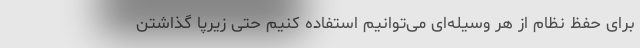
برای حفظ نظام از هر وسیله‌ای می‌توانیم استفاده کنیم حتی زیرپا گذاشتن